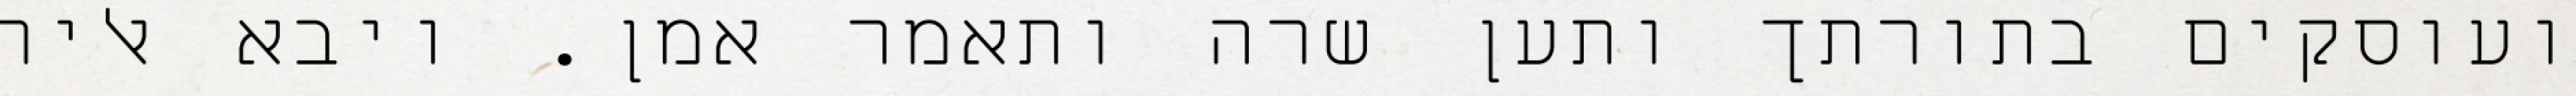
ועוסקים בתורתך ותען שרה ותאמר אמן. ויבא אליה